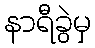
နာရီခွဲမှ